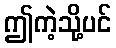
ဤကဲ့သို့ပင်